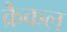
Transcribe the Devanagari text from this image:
क्रैकल